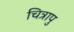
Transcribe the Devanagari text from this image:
चित्रापु